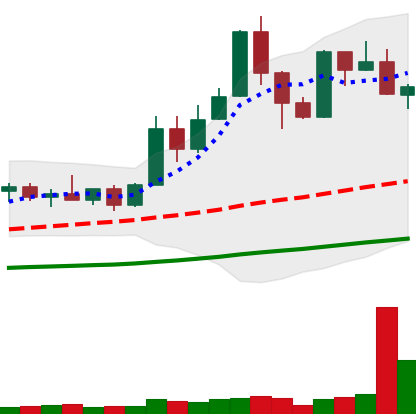
Ticker: XMR-USD
Chart end date: 2019-05-23
Forward return: 13.516%
Label: up_7plus